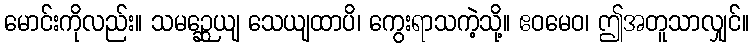
မောင်းကိုလည်း။ သမဉ္ဆေယျ သေယျထာပိ၊ ကွေးရာသကဲ့သို့။ ဧဝမေဝ၊ ဤအတူသာလျှင်။